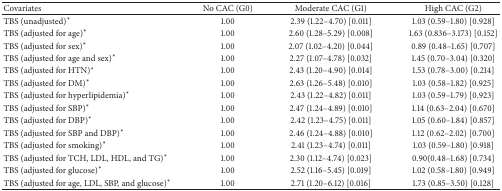
<table><thead><tr><td><b>Covariates</b></td><td><b>No CAC (G0)</b></td><td><b>Moderate CAC (G1)</b></td><td><b>High CAC (G2)</b></td></tr></thead><tbody><tr><td>TBS (unadjusted)<sup><i>∗</i></sup></td><td>1.00</td><td>2.39 (1.22–4.70) [0.011]</td><td>1.03 (0.59–1.80) [0.928]</td></tr><tr><td>TBS (adjusted for age)<sup><i>∗</i></sup></td><td>1.00</td><td>2.60 (1.28–5.29) [0.008]</td><td>1.63 (0.836–3.173) [0.152]</td></tr><tr><td>TBS (adjusted for sex)<sup><i>∗</i></sup></td><td>1.00</td><td>2.07 (1.02–4.20) [0.044]</td><td>0.89 (0.48–1.65) [0.707]</td></tr><tr><td>TBS (adjusted for age and sex)<sup><i>∗</i></sup></td><td>1.00</td><td>2.27 (1.07–4.78) [0.032]</td><td>1.45 (0.70–3.04) [0.320]</td></tr><tr><td>TBS (adjusted for HTN)<sup><i>∗</i></sup></td><td>1.00</td><td>2.43 (1.20–4.90) [0.014]</td><td>1.53 (0.78–3.00) [0.214]</td></tr><tr><td>TBS (adjusted for DM)<sup><i>∗</i></sup></td><td>1.00</td><td>2.63 (1.26–5.48) [0.010]</td><td>1.03 (0.58–1.82) [0.925]</td></tr><tr><td>TBS (adjusted for hyperlipidemia)<sup><i>∗</i></sup></td><td>1.00</td><td>2.43 (1.22–4.82) [0.011]</td><td>1.03 (0.59–1.79) [0.923]</td></tr><tr><td>TBS (adjusted for SBP)<sup><i>∗</i></sup></td><td>1.00</td><td>2.47 (1.24–4.89) [0.010]</td><td>1.14 (0.63–2.04) [0.670]</td></tr><tr><td>TBS (adjusted for DBP)<sup><i>∗</i></sup></td><td>1.00</td><td>2.42 (1.23–4.75) [0.011]</td><td>1.05 (0.60–1.84) [0.857]</td></tr><tr><td>TBS (adjusted for SBP and DBP)<sup><i>∗</i></sup></td><td>1.00</td><td>2.46 (1.24–4.88) [0.010]</td><td>1.12 (0.62–2.02) [0.700]</td></tr><tr><td>TBS (adjusted for smoking)<sup><i>∗</i></sup></td><td>1.00</td><td>2.41 (1.23–4.74) [0.011]</td><td>1.03 (0.59–1.80) [0.918]</td></tr><tr><td>TBS (adjusted for TCH, LDL, HDL, and TG)<sup><i>∗</i></sup></td><td>1.00</td><td>2.30 (1.12–4.74) [0.023]</td><td>0.90(0.48–1.68) [0.734]</td></tr><tr><td>TBS (adjusted for glucose)<sup><i>∗</i></sup></td><td>1.00</td><td>2.52 (1.16–5.45) [0.019]</td><td>1.02 (0.58–1.80) [0.949]</td></tr><tr><td>TBS (adjusted for age, LDL, SBP, and glucose)<sup><i>∗</i></sup></td><td>1.00</td><td>2.71 (1.20–6.12) [0.016]</td><td>1.73 (0.85–3.50) [0.128]</td></tr></tbody></table>